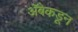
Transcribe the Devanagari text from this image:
अॅबेकडून